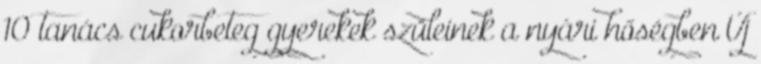
10 tanács cukorbeteg gyerekek szüleinek a nyári hőségben Új